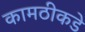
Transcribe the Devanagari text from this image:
कामठीकडे